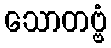
သောတဗ္ဗံ